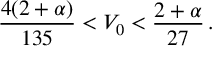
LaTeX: \frac { 4 ( 2 + \alpha ) } { 1 3 5 } < V _ { 0 } < \frac { 2 + \alpha } { 2 7 } \, .